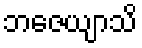
ဘဇေယျာသိ